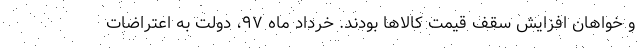
و خواهان افزایش سقف قیمت کالاها بودند. خرداد ماه ۹۷، دولت به اعتراضات